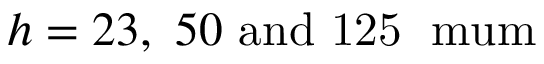
h = 2 3 , \ 5 0 \ \mathrm { { a n d } \ 1 2 5 \; \mathrm { { \ m u m } } }